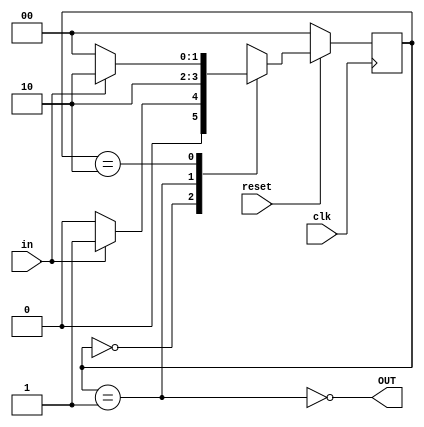
module StateCounter(OUT, in, clk, reset);
	output wire OUT;
	input wire in, clk, reset;
	
	reg [1:0] ps, ns;
	
	parameter NOTHING = 2'b00;
	parameter ONECLICK = 2'b01;
	parameter HOLD = 2'b10;
	
	always@(*)
		case(ps)
			NOTHING: if (in) ns = ONECLICK;
					else ns = NOTHING;
			
			ONECLICK: ns = HOLD;
			
			HOLD: if(!in) ns = NOTHING;
					else ns = HOLD;
					
			default: ns = 2'bxx;
		endcase // ps

	assign OUT = ~(ps == ONECLICK);

	always@(posedge clk)
		if (!reset)
			ps <= NOTHING;
		else
			ps <= ns;
			
endmodule